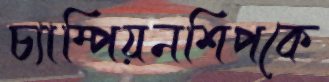
চ্যাম্পিয়নশিপকে